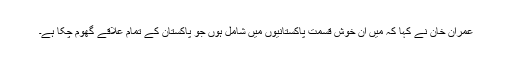
عمران خان نے کہا کہ میں ان خوش قسمت پاکستانیوں میں شامل ہوں جو پاکستان کے تمام علاقے گھوم چکا ہے۔